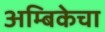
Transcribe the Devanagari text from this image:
अम्बिकेचा